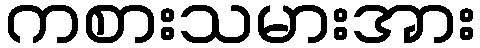
ကစားသမားအား